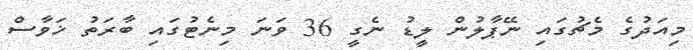
މިއަދުގެ މެޗުގައި ނޭޕާލުން ލީޑު ނެގީ 36 ވަނަ މިނެޓުގައި ބާރަތު ޚަވާސް